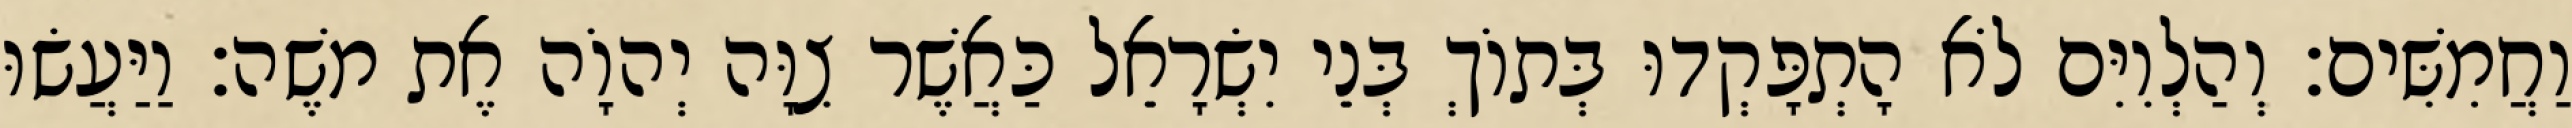
וַחֲמִשִּׁים׃ וְהַלְוִיִּם לֹא הָתְפָּקְדוּ בְּתוֹךְ בְּנֵי יִשְׂרָאֵל כַּאֲשֶׁר צִוָּה יְהוָֹה אֶת משֶׁה׃ וַיַּעֲשׂוּ